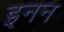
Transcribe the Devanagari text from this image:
इनन